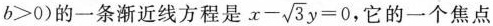
b > 0 )$$的一条渐近线方程是 $$x - \sqrt { 3 } y = 0$$ ，它的一个焦点